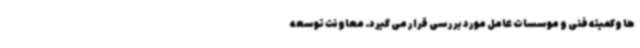
ها وکمیته فنی و موسسات عامل مورد بررسی قرار می گیرد. معاونت توسعه